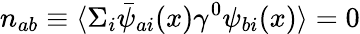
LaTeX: n_{ab}\equiv\langle\Sigma_{i}{\bar{\psi}}_{ai}(x)\gamma^{0}\psi_{bi}(x)\rangle=0